Leaving Certificate, 1899
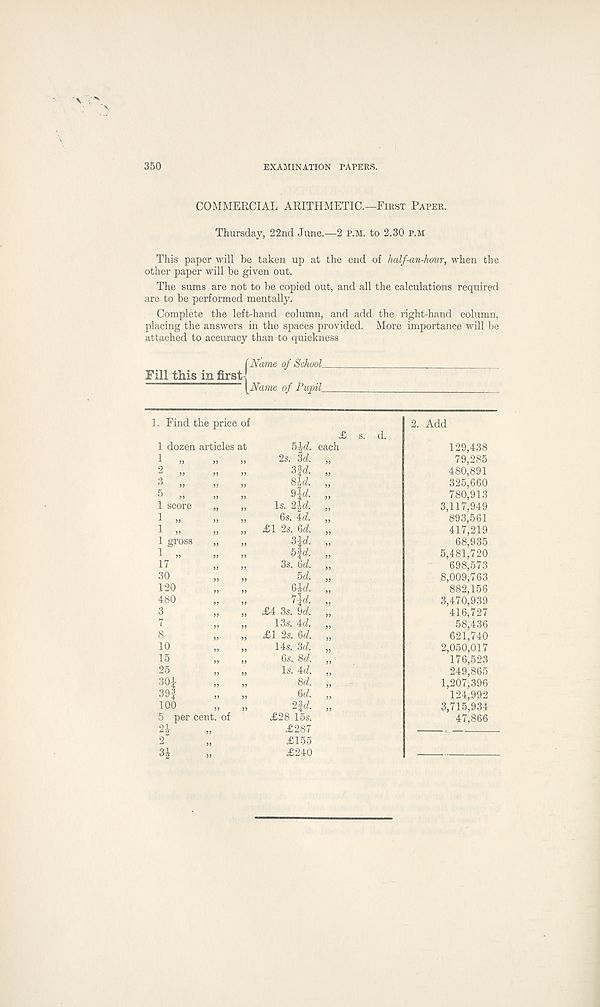
350
EXAMINATION PAPERS.
COMMERCIAL ARITHMETIC.—First Paper.
Thursday, 22nd June.—2 p.m. to 2.30 p.m
This paper will be taken up at the end of half-an-howr, when the
other paper will be given out.
The sums are not to be copied out, and all the calculations required
are to be performed mentally.
Complete the left-hand column, and add the right-hand column,
placing the answers in the spaces provided. More importance will be
attached to accuracy than to quickness
Fill this in first
(Name of School_
' I (Name of Pupil_
1 „
2 „
3 „
5 „
1 SCO]
1 „
1 „
1 gro
1 „
17
30
120
480
3
7
8
10
15
1 the price of
s at
129,438
79,285
480,891
325,660
780,913
3,117,949
893,561
417,219
68,935
5,481,720
698,573
8,009,763
882,156
3,470,939
416,727
58,436
621,740
2,050,017
176,523
249,865
1,207,396
124,992
3,715,934
47,866